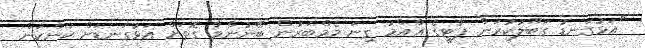
"އަޅުގަނޑު ގަބޫލުކުރަން ޕާޓީގެ އާއްމު ގިނަ މެމްބަރުން ބޭނުންވާ ގޮތަށް އަޅުގަނޑަށް ކަންކަން